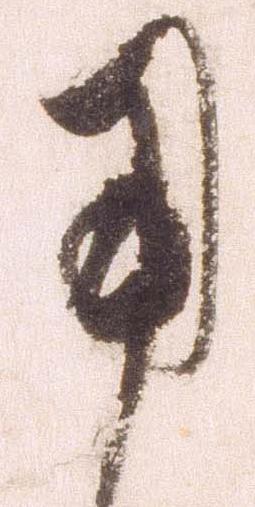
用